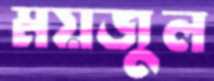
ময়জুল